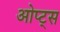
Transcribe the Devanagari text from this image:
ओप्ट्स